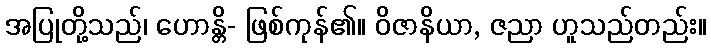
အပြုတို့သည်၊ ဟောန္တိ- ဖြစ်ကုန်၏။ ဝိဇာနိယာ, ဇညာ ဟူသည်တည်း။